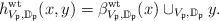
\begin{align*}h^{\mathrm{wt}}_{V_{\frak p},\mathbb D_{\frak p}}(x,y)=\beta^{\mathrm{wt}}_{V_{\frak p},\mathbb D_{\frak p}}(x)\cup_{V_{\frak p},\mathbb D_{\frak p}}y.\end{align*}